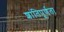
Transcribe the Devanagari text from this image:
शांतिपूर्णता